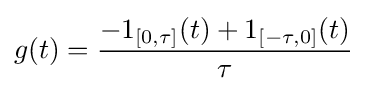
g(t)={\frac {-1_{[0,\tau ]}(t)+1_{[-\tau ,0]}(t)}{\tau }}